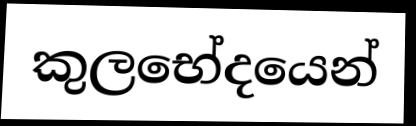
කුලභේදයෙන්